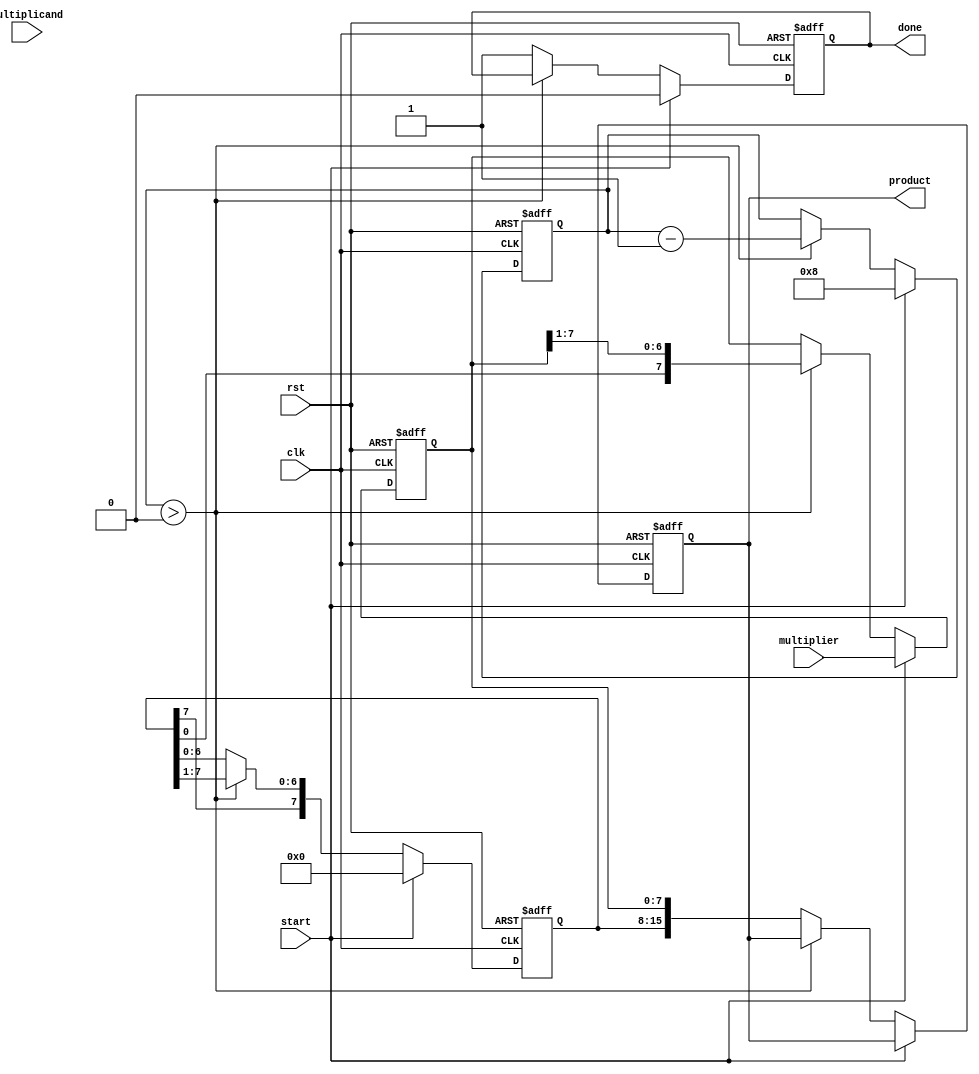
module booth_multiplier #(parameter WIDTH = 8) (
    input signed [WIDTH-1:0] multiplicand, // M
    input signed [WIDTH-1:0] multiplier,    // Q
    output reg signed [2*WIDTH-1:0] product, // P
    input clk,
    input rst,
    input start,
    output reg done
);

    reg signed [WIDTH-1:0] M; // Multiplicand register
    reg signed [WIDTH-1:0] Q; // Multiplier register
    reg [WIDTH-1:0] P;         // Product register
    reg Q_1;                   // Q-1 register
    reg [3:0] count;           // Count for iterations

    always @(posedge clk or posedge rst) begin
        if (rst) begin
            product <= 0;
            M <= 0;
            Q <= 0;
            P <= 0;
            Q_1 <= 0;
            count <= 0;
            done <= 0;
        end else if (start) begin
            M <= multiplicand;
            Q <= multiplier;
            P <= 0;
            Q_1 <= 0;
            count <= WIDTH; // Number of bits to process
            done <= 0;
        end else if (count > 0) begin
            case ({Q[0], Q_1}) // Check the last two bits
                2'b00: begin
                    // No operation
                end
                2'b01: begin
                    // Add M to P
                    P <= P + M;
                end
                2'b10: begin
                    // Subtract M from P
                    P <= P - M;
                end
                2'b11: begin
                    // No operation
                end
            endcase

            // Arithmetic right shift P and Q
            {P, Q} <= {P[WIDTH-1], P, Q} >> 1; // Shift P and Q together
            Q_1 <= Q[0]; // Update Q-1
            count <= count - 1; // Decrement count
        end else begin
            // When done, combine P and Q into product
            product <= {P, Q};
            done <= 1; // Indicate multiplication is done
        end
    end
endmodule